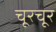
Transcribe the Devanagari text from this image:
चूरचूर